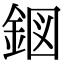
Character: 𮡹